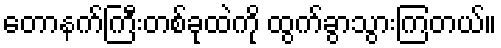
တောနက်ကြီးတစ်ခုထဲကို ထွက်ခွာသွားကြတယ်။